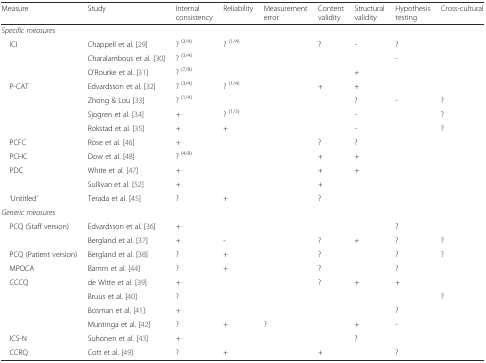
| Measure | Study | Internal consistency | Reliability | Measurement error | Content validity | Structural validity | Hypothesis testing | Cross-cultural |
 | --- | --- | --- | --- | --- | --- | --- | --- | --- |
 | Specific measures | <COLSPAN=8>  |
 | ICI | Chappell et al. [29] | ? (3/4) | ? (1/4) |  | ? | - | ? |  |
 |  | Charalambous et al. [30] | ? (3/4) |  |  |  |  | - |  |
 |  | O’Rourke et al. [31] | ? (7/8) |  |  |  | + |  |  |
 | P-CAT | Edvardsson et al. [32] | ? (3/4) | ? (1/4) |  | + | + |  |  |
 |  | Zhong & Lou [33] | ? (1/4) |  |  |  | ? | - | ? |
 |  | Sjogren et al. [34] | + | ? (1/3) |  |  | - |  | ? |
 |  | Rokstad et al. [35] | + | + |  |  | - |  | ? |
 | PCFC | Rose et al. [46] | + |  |  | ? | ? |  |  |
 | PCHC | Dow et al. [48] | ? (4/8) |  |  | + | + |  |  |
 | PDC | White et al. [47] | + |  |  | + | + |  |  |
 |  | Sullivan et al. [52] | + |  |  | + |  |  |  |
 | ‘Untitled’ | Terada et al. [45] | ? | + |  | ? |  |  |  |
 | Generic measures | <COLSPAN=8>  |
 | PCQ (Staff version) | Edvardsson et al. [36] | + |  |  |  |  | ? |  |
 |  | Bergland et al. [37] | + | - |  | ? | + | ? | ? |
 | PCQ (Patient version) | Bergland et al. [38] | ? | + |  | ? |  | ? | ? |
 | MPOCA | Bamm et al. [44] | ? | + |  | ? |  | ? |  |
 | CCCQ | de Witte et al. [39] | + |  |  | ? | + | + |  |
 |  | Bruus et al. [40] | ? |  |  |  |  |  | ? |
 |  | Bosman et al. [41] | + |  |  |  |  | ? |  |
 |  | Muntinga et al. [42] | ? | + | ? |  | + | - |  |
 | ICS-N | Suhonen et al. [43] | + |  |  |  | ? |  |  |
 | CCRQ | Cott et al. [49] | ? | + |  | + |  | ? |  |